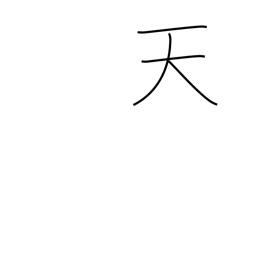
Meaning: heavens